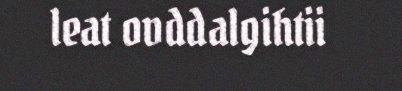
leat ovddalgihtii